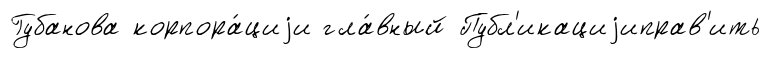
Губанова корпора́циjи гла́вный Публ'икациjиправ'ить